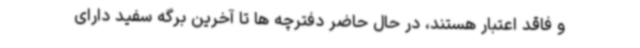
و فاقد اعتبار هستند، در حال حاضر دفترچه ها تا آخرین برگه سفید دارای